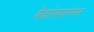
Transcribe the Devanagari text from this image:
वेदांतपारंगत